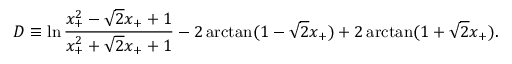
D \equiv \ln \frac { x _ { + } ^ { 2 } - \sqrt { 2 } x _ { + } + 1 } { x _ { + } ^ { 2 } + \sqrt { 2 } x _ { + } + 1 } - 2 \arctan ( 1 - \sqrt { 2 } x _ { + } ) + 2 \arctan ( 1 + \sqrt { 2 } x _ { + } ) .